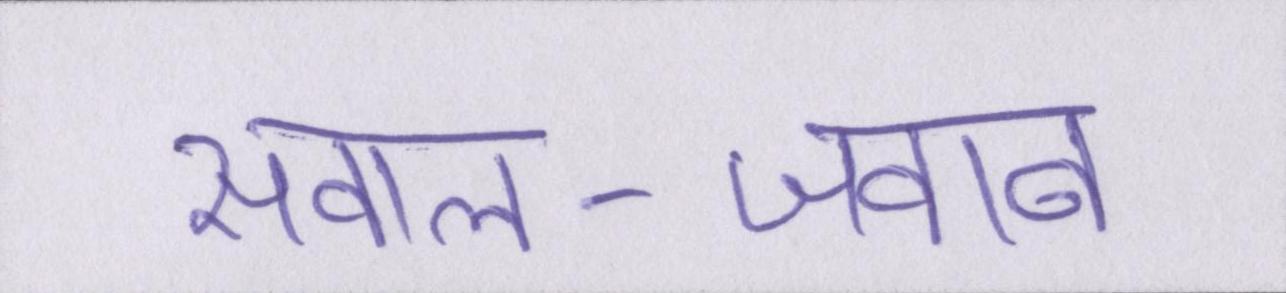
सवाल-जवाब